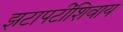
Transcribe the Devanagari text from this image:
झटापटींशिवाय